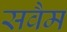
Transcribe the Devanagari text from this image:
सवैम